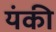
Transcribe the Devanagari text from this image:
यंकी